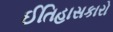
ઈતિહાસકારો